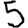
Digit: 5